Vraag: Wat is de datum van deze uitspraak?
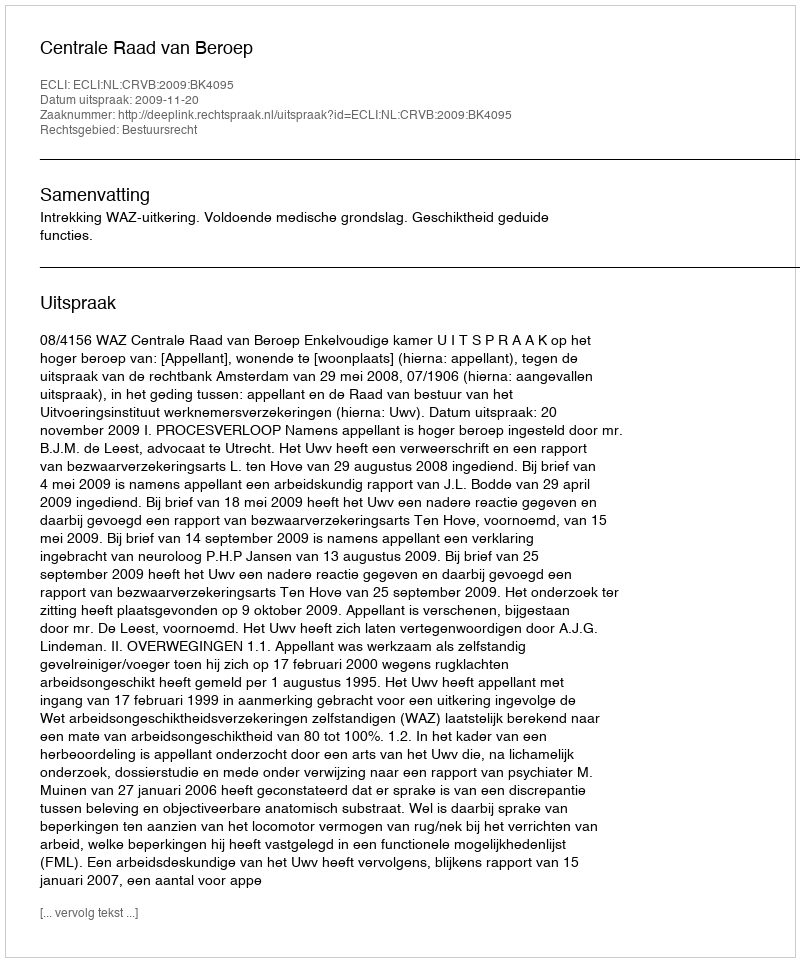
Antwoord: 2009-11-20